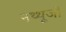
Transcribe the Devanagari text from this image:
नथ्थूजी